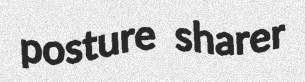
posture sharer